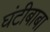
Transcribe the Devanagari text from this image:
घंटीबाबा